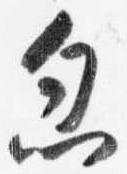
忽